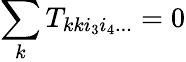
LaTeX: \sum_{k}T_{kki_{3}i_{4}...}=0